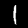
Label: 1